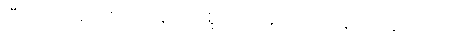
ပြီးတော့ စားစရာဗန်းကို စူလတန်ထံသို့ ယူလာခဲ့သည်။